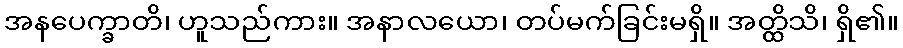
အနပေက္ခာတိ၊ ဟူသည်ကား။ အနာလယော၊ တပ်မက်ခြင်းမရှိ။ အတ္ထိသိ၊ ရှိ၏။